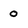
Character: 0